Report on vaccination proceedings throughout the Government of Bengal -
Year: 1868
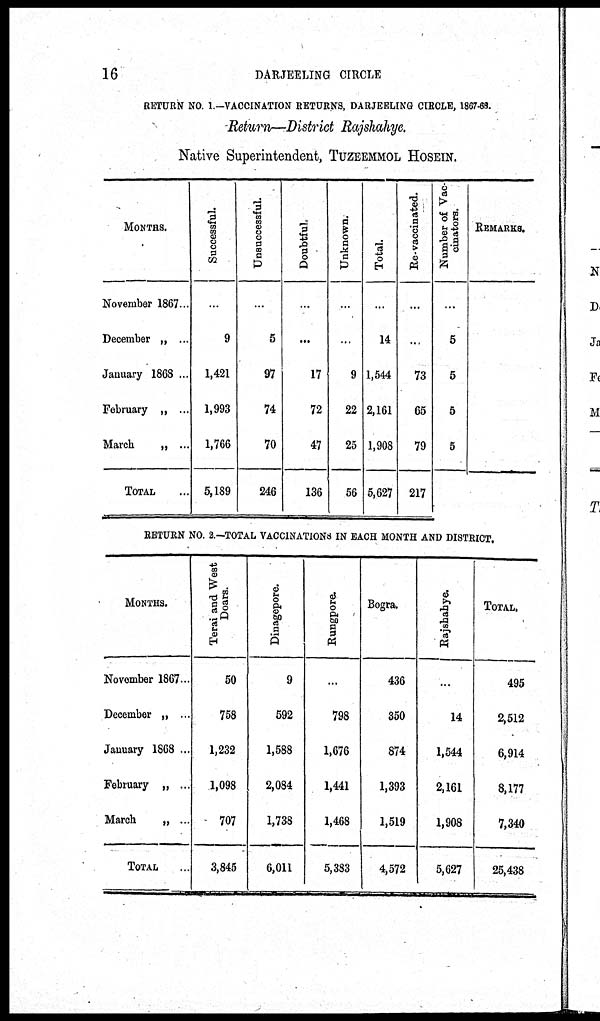
16
DARJEELING CIRCLE
RETURN NO 1.—VACCINATION RETURNS, DARJEELING CIRCLE, 1867-68.
Return—District Rajshahye.
Native Superintendent, TUZEEMMOL HOSEIN.
MONTHS.
November 1867...
December „ ...
January 1868 ...
February „ ...
March
„ ...
TOTAL ...
Successful.
...
9
1,421
1,993
1,766
5,189
Unsuccessful.
...
5
97
74
70
246
Doubtful.
...
...
17
72
47
136
Unknown.
...
...
9
22
25
56
Total.
...
14
1,544
2,161
1,908
5,627
Re-vaccinated.
...
...
73
65
79
217
Number of Vac-
cinators.
...
5
5
5
5
REMARKS.
RETURN NO. 2 —TOTAL VACCINATIONS IN EACH MONTH AND DISTRICT.
MONTHS.
November 1867 ...
December „
...
January 1868 ...
February „ ...
March
„ ...
TOTAL ...
Terai and West
Doars.
50
758
1,232
1,098
707
3,845
Dinagepore.
9
592
1,588
2,084
1,738
6,011
Rungpore.
...
798
1,676
1,441
1,468
5,383
Bogra.
436
350
874
1,393
1,519
4,572
Rajshahye.
...
14
1,544
2,161
1,908
5,627
TOTAL.
495
2,512
6,914
8,177
7,340
25,438